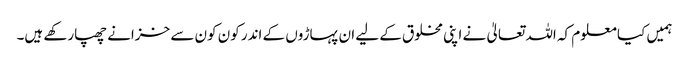
ہمیں کیا معلوم کہ اللہ تعالیٰ نے اپنی مخلوق کے لیے ان پہاڑوں کے اندر کون کون سے خزانے چھپارکھے ہیں۔